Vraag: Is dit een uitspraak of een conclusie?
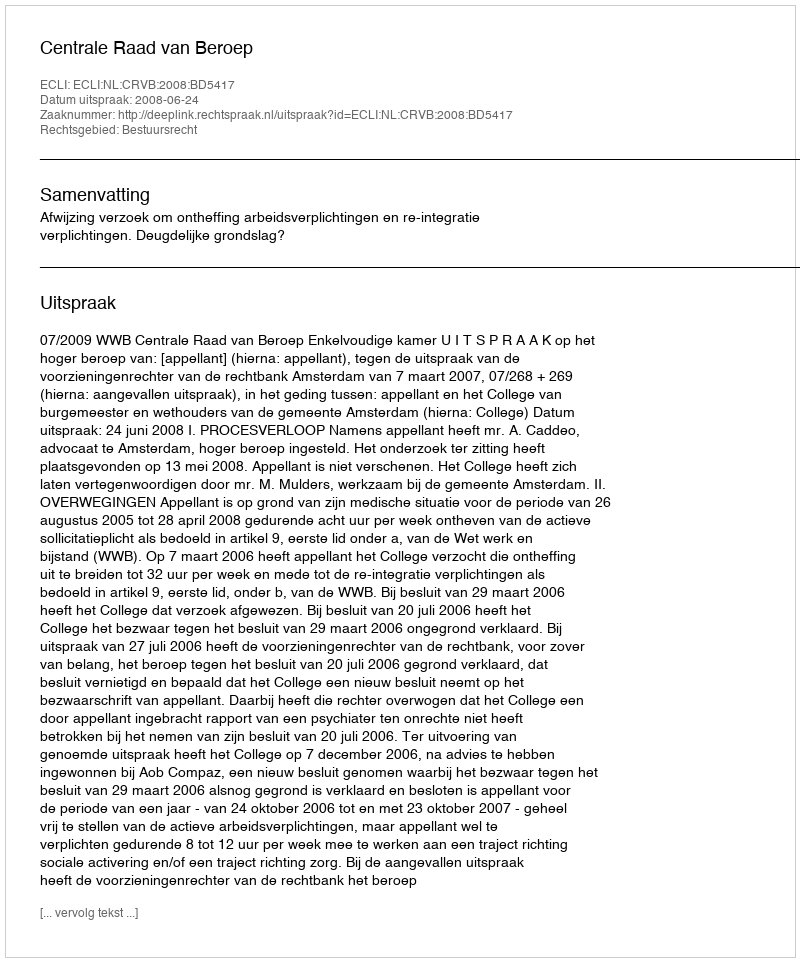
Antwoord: Uitspraak